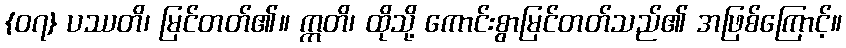
{၀၇} ပဿတိ၊ မြင်တတ်၏။ ဣတိ၊ ထိုသို့ ကောင်းစွာမြင်တတ်သည်၏ အဖြစ်ကြောင့်။